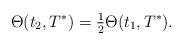
LaTeX: \begin{align*}\Theta (t_2,T^*) = \tfrac{1}{2} \Theta(t_1, T^*).\end{align*}